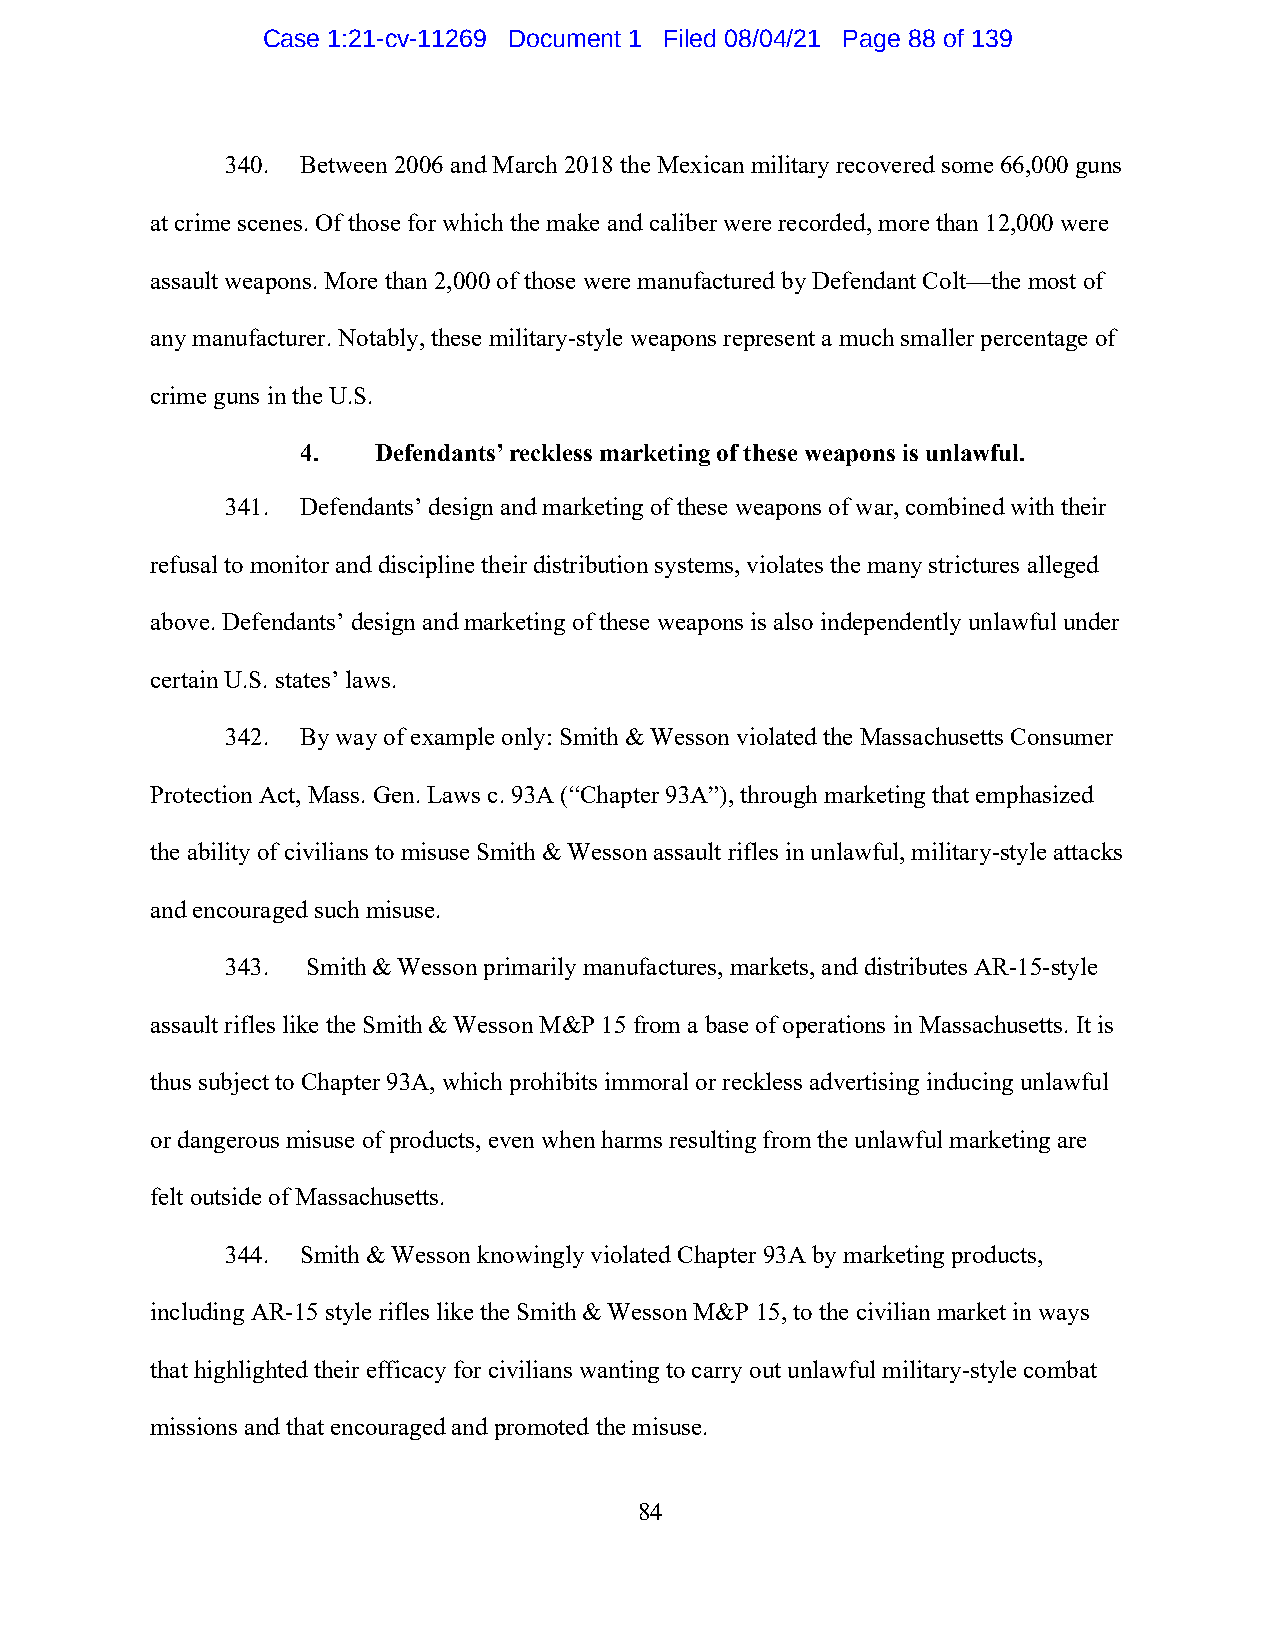
Case 1:21-cv-11269 Document 1 Filed 08/04/21 Page 88 of 139
 340. Between 2006 and March 2018 the Mexican military recovered some 66,000 guns
 at crime scenes. Of those for which the make and caliber were recorded, more than 12,000 were
 assault weapons. More than 2,000 of those were manufactured by Defendant Colt—the most of
 any manufacturer. Notably, these military-style weapons represent a much smaller percentage of
 crime guns in the U.S.
 4.   Defendants’ reckless marketing of these weapons is unlawful.
 341. Defendants’ design and marketing of these weapons of war, combined with their
 refusal to monitor and discipline their distribution systems, violates the many strictures alleged
 above. Defendants’ design and marketing of these weapons is also independently unlawful under
 certain U.S. states’ laws.
 342. By way of example only: Smith & Wesson violated the Massachusetts Consumer
 Protection Act, Mass. Gen. Laws c. 93A (“Chapter 93A”), through marketing that emphasized
 the ability of civilians to misuse Smith & Wesson assault rifles in unlawful, military-style attacks
 and encouraged such misuse.
 343. Smith & Wesson primarily manufactures, markets, and distributes AR-15-style
 assault rifles like the Smith & Wesson M&P 15 from a base of operations in Massachusetts. It is
 thus subject to Chapter 93A, which prohibits immoral or reckless advertising inducing unlawful
 or dangerous misuse of products, even when harms resulting from the unlawful marketing are
 felt outside of Massachusetts.
 344. Smith & Wesson knowingly violated Chapter 93A by marketing products,
 including AR-15 style rifles like the Smith & Wesson M&P 15, to the civilian market in ways
 that highlighted their efficacy for civilians wanting to carry out unlawful military-style combat
 missions and that encouraged and promoted the misuse.
 84